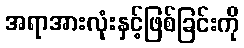
အရာအားလုံးနှင့်ဖြစ်ခြင်းကို